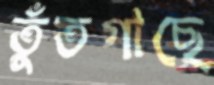
তুঁতগাছে